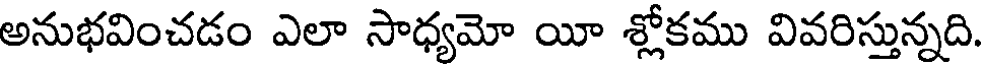
అనుభవించడం ఎలా సాధ్యమో యీ శ్లోకము వివరిస్తున్నది.